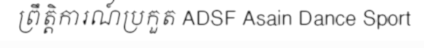
ព្រឹត្តិការណ៍ប្រកួត ADSF Asain Dance Sport